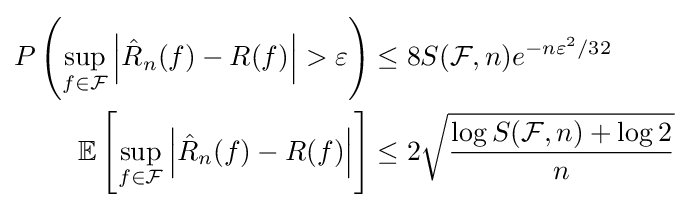
{\begin{aligned}P\left(\sup _{f\in {\mathcal {F}}}\left|{\hat {R}}_{n}(f)-R(f)\right|>\varepsilon \right)&\leq 8S({\mathcal {F}},n)e^{-n\varepsilon ^{2}/32}\\\mathbb {E} \left[\sup _{f\in {\mathcal {F}}}\left|{\hat {R}}_{n}(f)-R(f)\right|\right]&\leq 2{\sqrt {\dfrac {\log S({\mathcal {F}},n)+\log 2}{n}}}\end{aligned}}